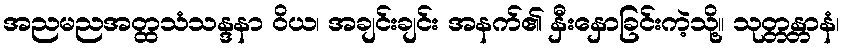
အညမညအတ္ထသံသန္ဒနာ ဝိယ၊ အချင်းချင်း အနက်၏ နှီးနှောခြင်းကဲ့သို့။ သုတ္တန္တာနံ၊